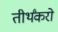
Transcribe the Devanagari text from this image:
तीर्थंकरो